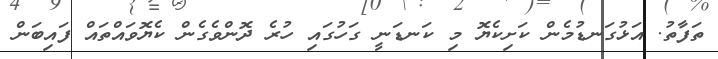
ތަފާތު. އަޅުގަނޑުމެން ކަށިކެޔޮ މި ކަނޑަނީ ގަހުގައި ހުރެ ދޮންވެގެން ކެޔޮވައްތައް ފައިބަން